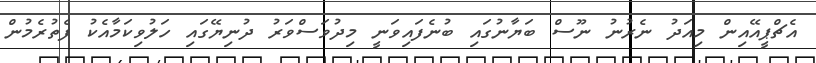
އެޗްޕީއޭއިން މިއަދު ނެރުނު ނޫސް ބަޔާނުގައި ބުނެފައިވަނީ މިދުވަސްވަރު ދުނިޔޭގައި ހަލުވިކަމާއެކު ފެތުރެމުން